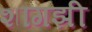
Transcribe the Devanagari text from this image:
शांगझी